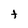
Character: t